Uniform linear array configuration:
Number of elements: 8
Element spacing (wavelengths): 0.25
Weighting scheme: binomial
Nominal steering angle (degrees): -15
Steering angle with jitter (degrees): -16.158
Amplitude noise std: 0.05
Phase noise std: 0.05

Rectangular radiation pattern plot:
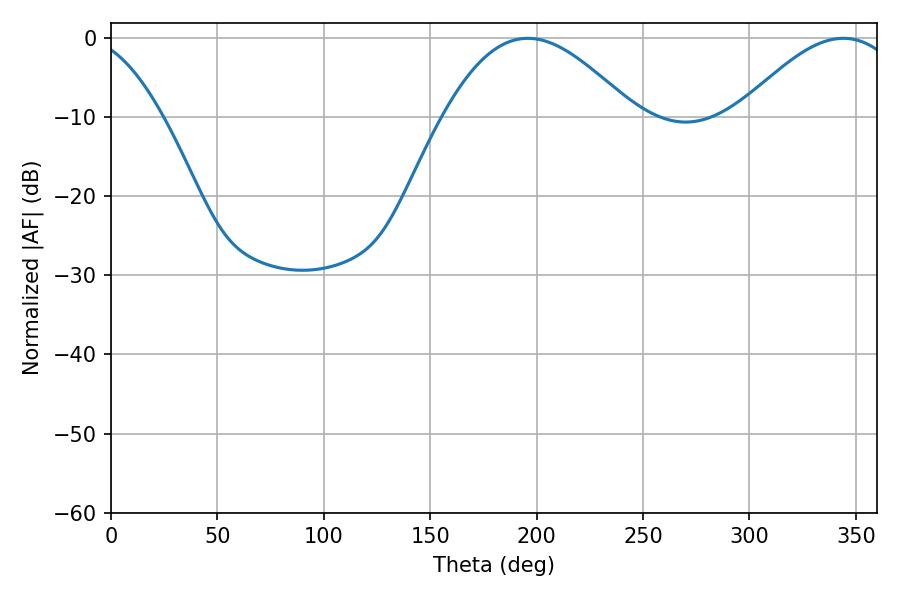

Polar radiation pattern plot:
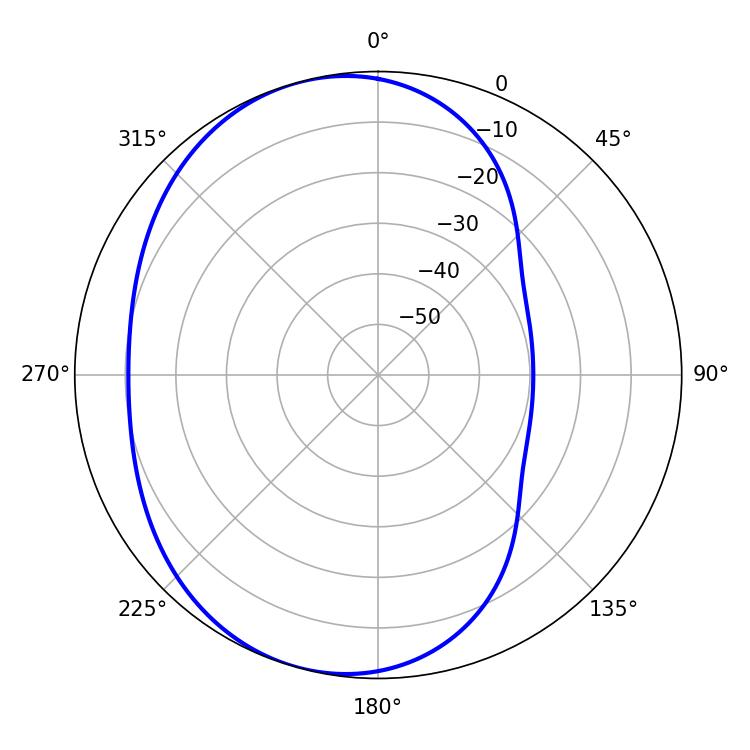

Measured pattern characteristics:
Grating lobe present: FALSE
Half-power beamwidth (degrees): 48.42
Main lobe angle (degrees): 195.84